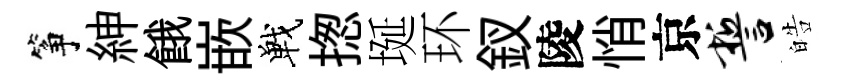
筝紳餓嵌戰揔埏环釵陵悄京誓皓